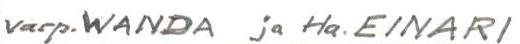
varp. WANDA ja Ha. EINARI